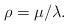
LaTeX: \begin{align*}\rho=\mu/\lambda.\end{align*}